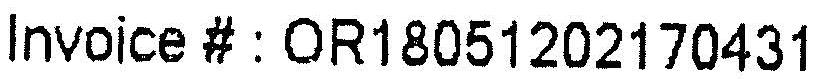
INVOICE # : OR18051202170431